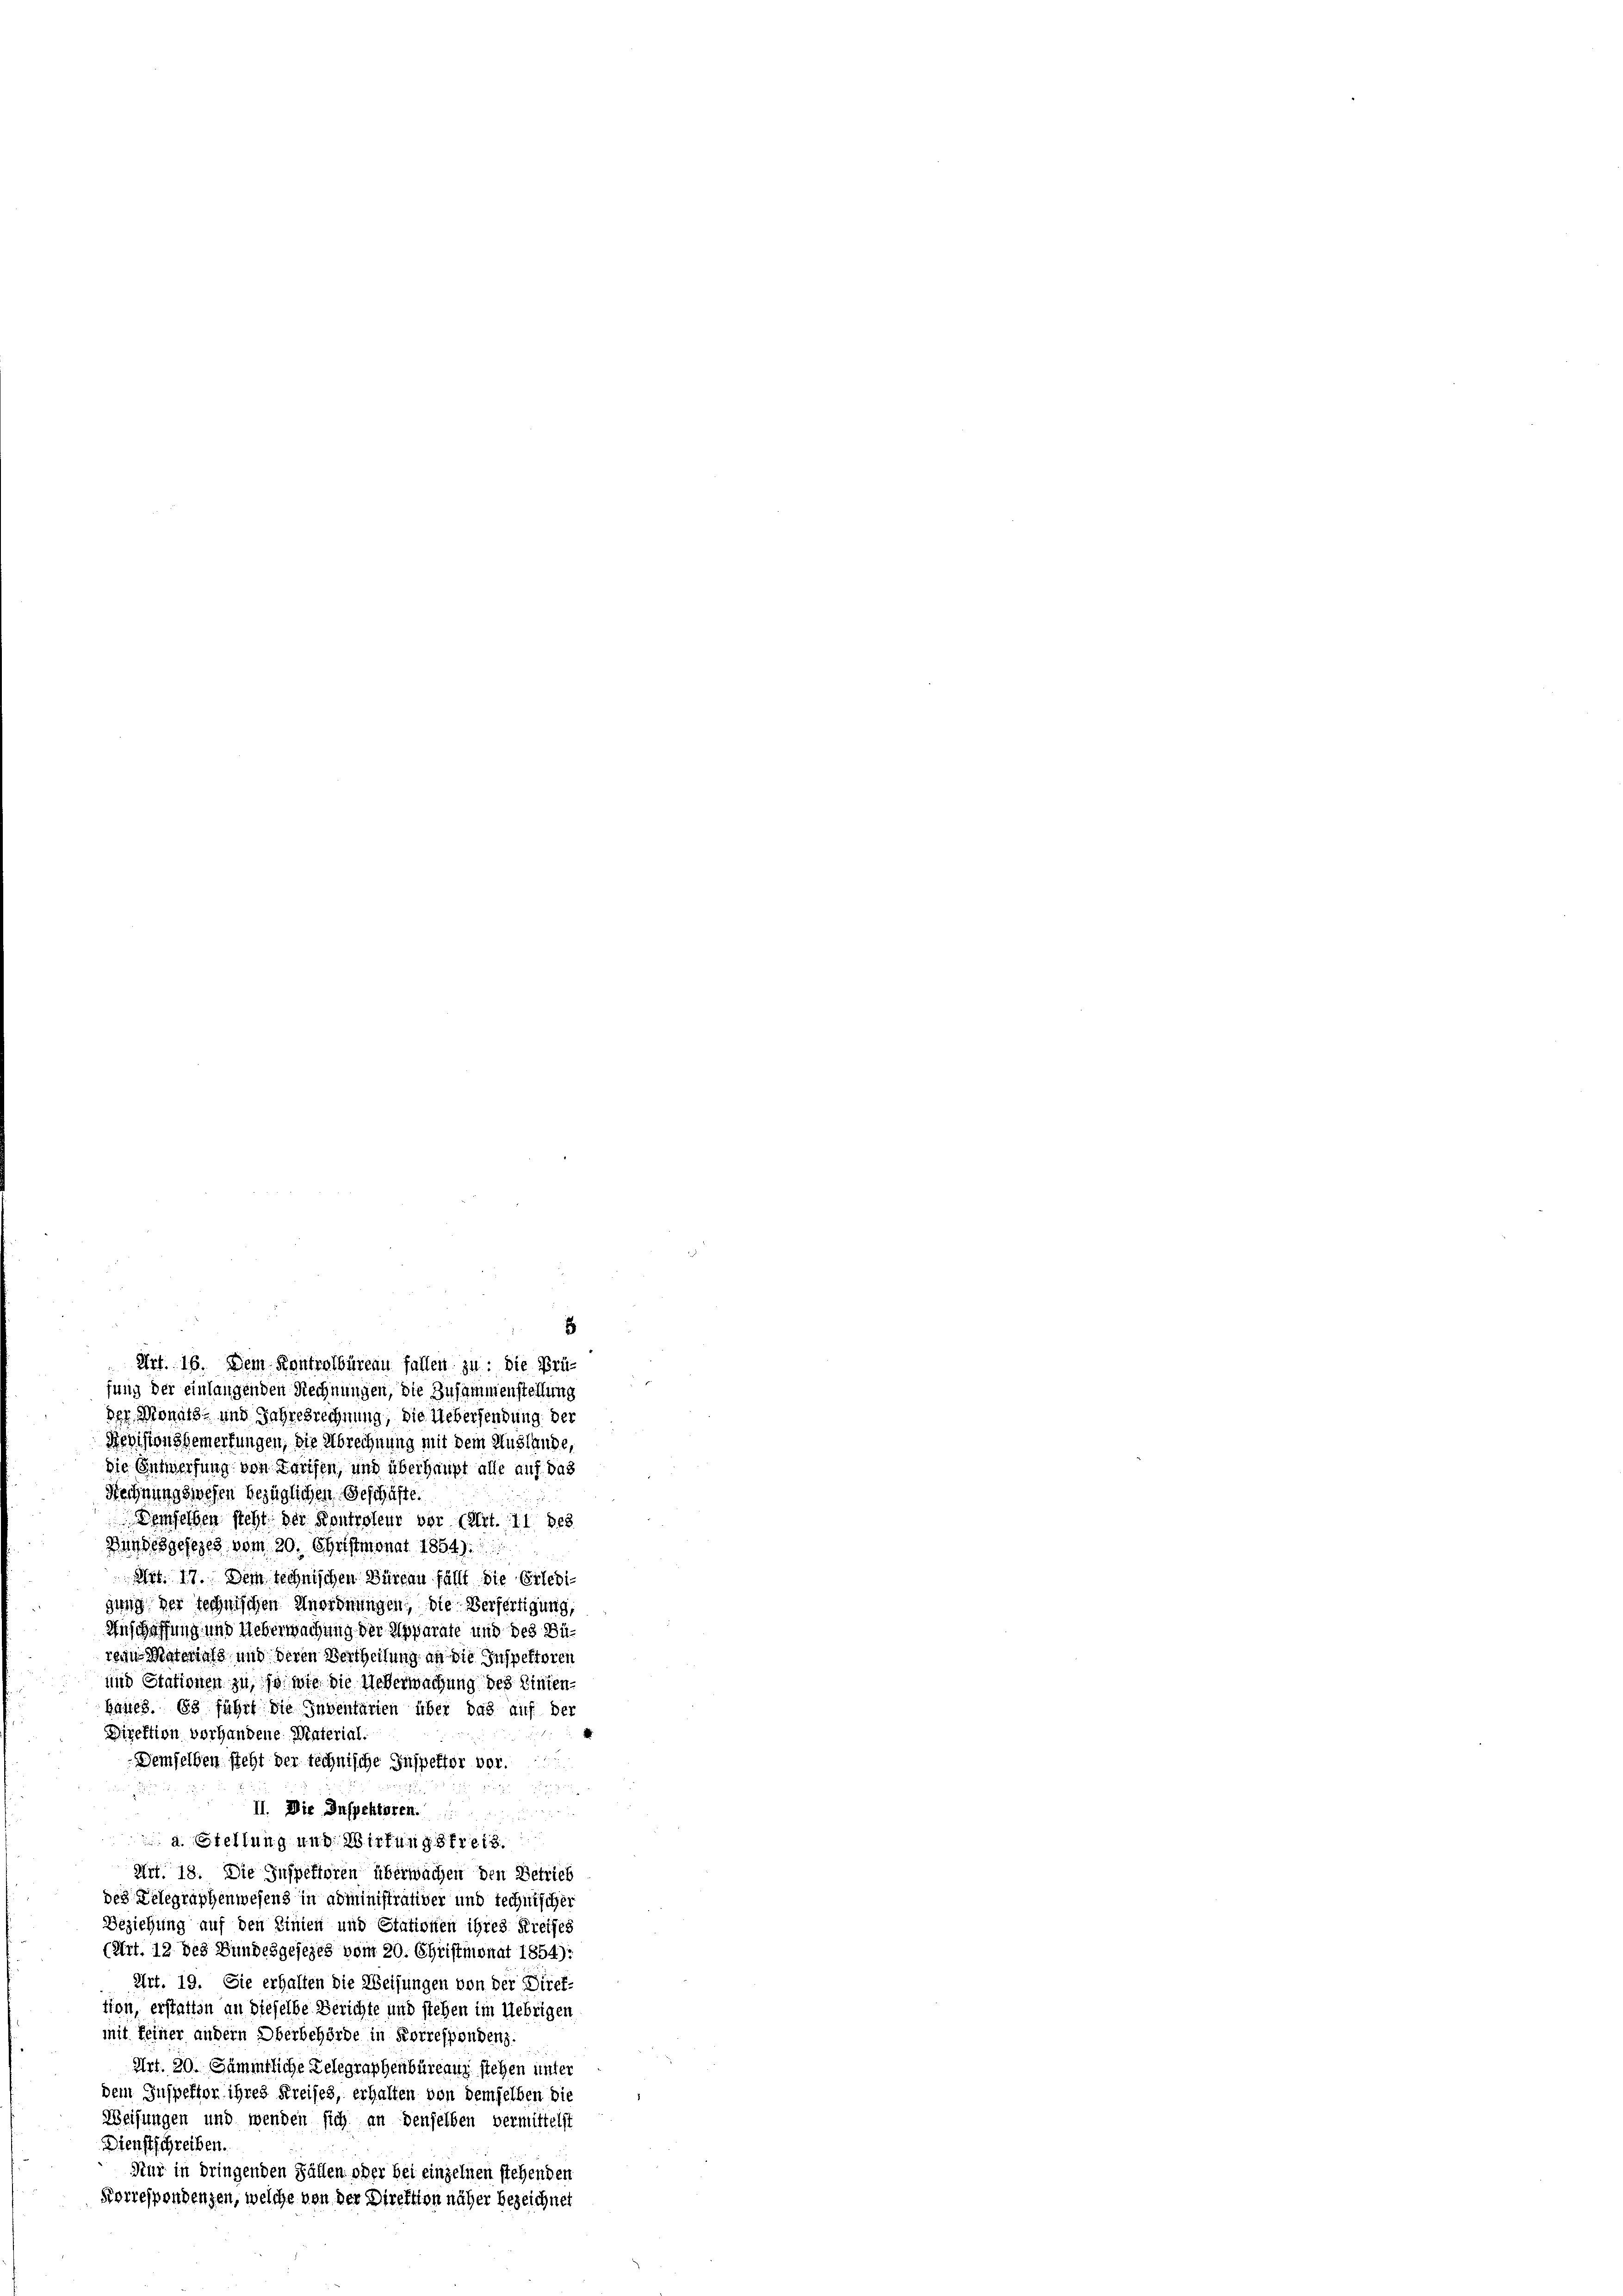
der Monats- und Jahresrechnung, die Uebersendung der
Revisionsgemerkungen, die Abrechnung mit dem Auslände,
die Entwerfung von Tarifen, und überhaupt alle auf das
Rechnungswesen bezüglichen Geschäfte.
Demselben sicht der Kontroleur vor (Art. 11 des
Bundesgesezes vom 20. Christmonat 1854):
Art. 17. Dem technischen Büreau fällt die Erledigung der technischen Anordnungen, die Verfertigung,
Anschaffung und Ueberwachung der Apparate und des Bürein Materials und deren Vertheilung an die Inspektoren
und Stationen zu, so wie die Ueberwachung des Einten-
hanes. Es führt die Inventarien über das auf der
Direktion vorhandene Material.
Demselben steht der technische Inspetter vor.

II. Die Inspektoren.

a. Stellung und Wirkungsfreih
Art. 18. Die Inspektoren überwächen den Betrieb
des Telegraphenwesens in administrativer und rechnischer
Beziehung auf den Linien und Stationen ihres Kreises
(Art. 12 des Bundesgesezes vom 20. Christmonat 1854):
Art. 19. Sie erhalten die Weisungen von der Direk-
tton, erstattin an dieselbe Berichte und stehen im Uebrigen
mit seiner andern Oberbehörde in Korrespendenz.
Art. 20. Sämmtliche Telegraphenbüreau stehen unter
dem Inspektor ihres Kreises, erhalten von demselben die
Weisungen und wenden sich an denselben vermittelst
Dienstschreiben.
Nur in dringenden Fällen oder bei einzelnen stehenden
Korrespondenzen, welche von der Direktion näher bezeichnet

5
Art. 16. Dem Kontrolbureau fallen zu: die Prüung der einlangenden Rechnungen, die Zusammenstellung